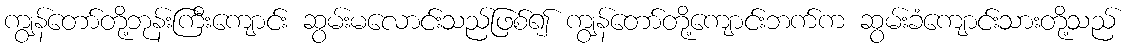
ကျွန်တော်တို့ဘုန်းကြီးကျောင်း ဆွမ်းမလောင်းသည်ဖြစ်၍ ကျွန်တော်တို့ကျောင်းဘက်က ဆွမ်းခံကျောင်းသားတို့သည်